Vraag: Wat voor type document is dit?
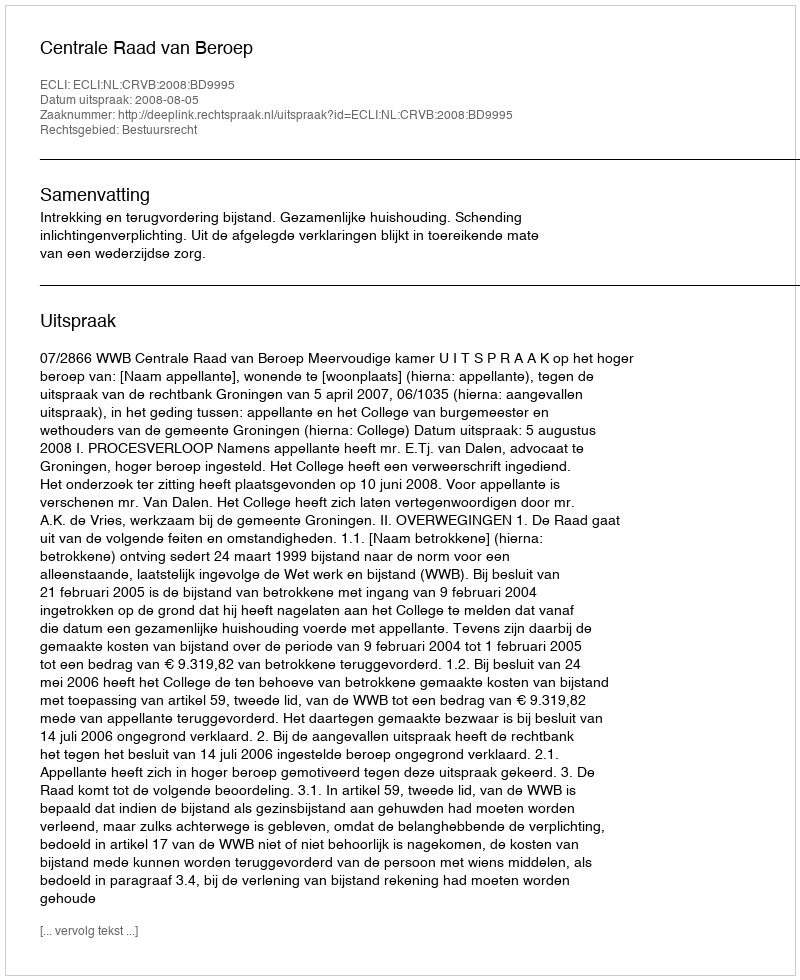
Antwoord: Uitspraak